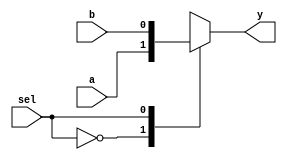
module mux2to1 (
    input wire a,       // Input a
    input wire b,       // Input b
    input wire sel,     // Select signal
    output reg y        // Output y
);

// Combinational logic using procedural assignment
always @(*) begin
    case (sel)
        1'b0: y = a;    // If sel is 0, output a
        1'b1: y = b;    // If sel is 1, output b
        default: y = 1'b0; // Default case (optional)
    endcase
end

endmodule